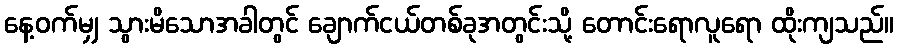
နေ့ဝက်မျှ သွားမိသောအခါတွင် ချောက်ငယ်တစ်ခုအတွင်းသို့ တောင်းရောလူရော ထိုးကျသည်။